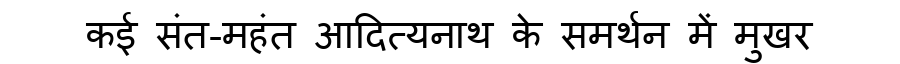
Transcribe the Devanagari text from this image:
कई संत-महंत आदित्यनाथ के समर्थन में मुखर